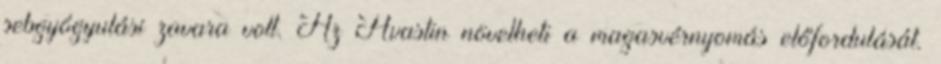
sebgyógyulási zavara volt. Az Avastin növelheti a magasvérnyomás előfordulását.